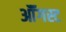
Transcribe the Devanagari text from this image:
ऑॅगस्ट